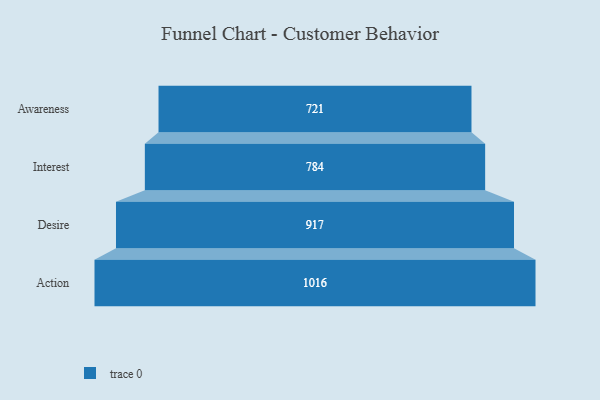
{"axis": {"x": "Stage", "y": "Value"}, "legend": [""], "data": [{"x": "Awareness", "y": 721.0, "type": ""}, {"x": "Interest", "y": 784.0, "type": ""}, {"x": "Desire", "y": 917.0, "type": ""}, {"x": "Action", "y": 1016.0, "type": ""}]}